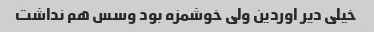
خیلی دیر اوردین ولی خوشمزه بود و‌سس هم نداشت